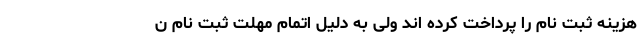
هزینه ثبت نام را پرداخت کرده اند ولی به دلیل اتمام مهلت ثبت نام ن